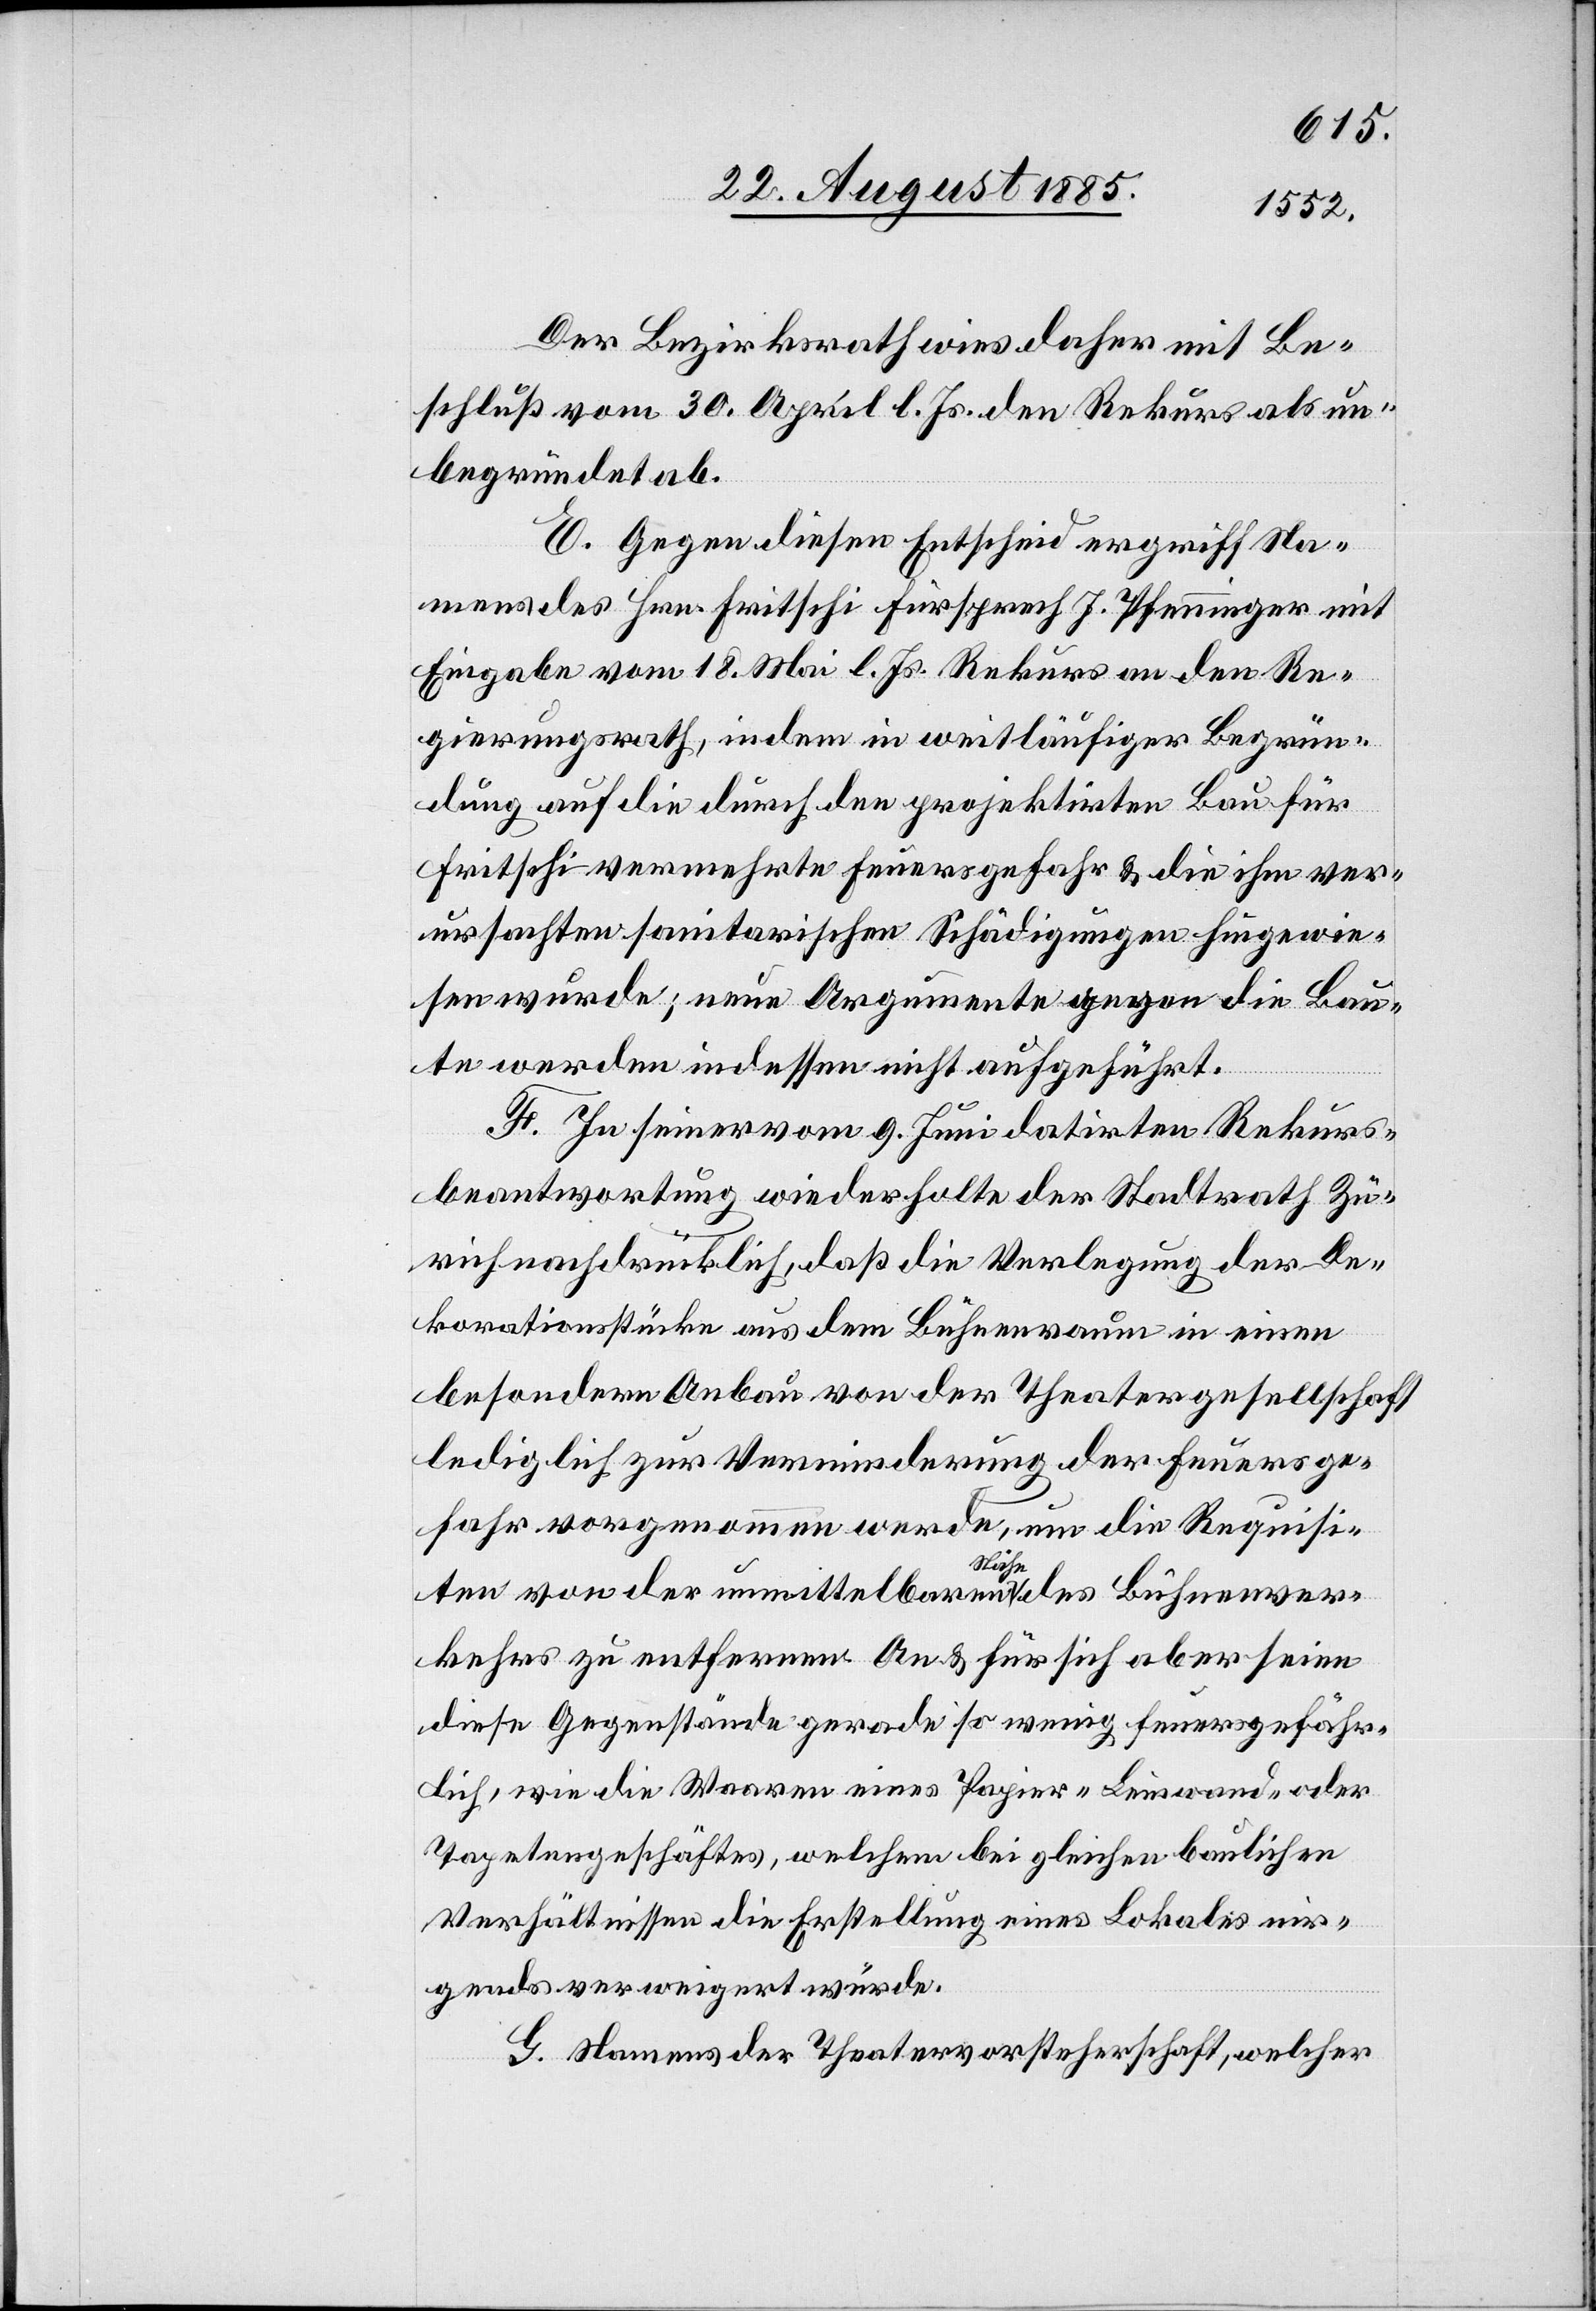
Der Bezirksrath wies daher mit Be¬
schluß vom 30. April l. Js. den Rekurs als un¬
begründet ab.
E. Gegen diesen Entscheid ergriff Na¬
mens des Hrn. Fritschi Fürsprech J. Pfenninger mit
Eingabe vom 18. Mai l. Js. Rekurs an den Re¬
gierungsrath, indem in weitläufiger Begrün¬
dung auf die durch den projektirten Bau für
Fritschi vermehrte Feuersgefahr & die ihm ver¬
ursachten sanitarischen Schädigungen hingewie¬
sen wurde; neue Argumente gegen die Bau¬
te wurden indessen nicht aufgeführt.
F. In seiner vom 9. Juni datirten Rekurs¬
beantwortung wiederholte der Stadtrath Zü¬
rich nachdrücklich, daß die Verlegung der De¬
korationsstücke aus dem Bühnenraum in einen
besondern Anbau von der Theatergesellschaft
lediglich zur Verminderung der Feuersge¬
fahr vorgenommen werde, um die Requisi¬
ten von der unmittelbaren Nähe des Bühnenver¬
kehrs zu entfernen. An & für sich aber seien
diese Gegenstände gerade so wenig feuersgefähr¬
lich, wie die Waaren eines Papier-[,] Leinwand- oder
Tapetengeschäftes, welchem bei gleichen baulichen
Verhältnissen die Erstellung eines Lokales nir¬
gends verweigert werde.
G. Namens der Theatervorsteherschaft, welcher